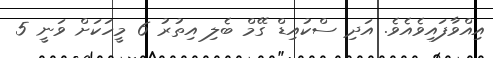
އިއްވާފައިވެއެވެ. އަދި ސްކުއިޑް ގޭމް ބެލި އިތުރު 6 މީހަކަށް ވަނީ 5